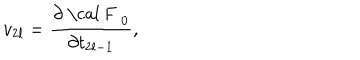
LaTeX: v _ { 2 l } = \frac { \partial \mathrm { ~ \cal ~ F ~ } _ { 0 } } { \partial t _ { 2 l - 1 } } ,